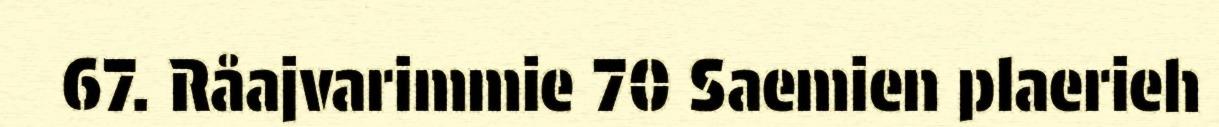
67. Råajvarimmie 70 Saemien plaerieh